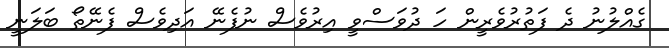
ގެއްލުނު ދެ ފަތުރުވެރީން ހަ ދުވަސްވީ އިރުވެސް ނުފެނޭ އަދިވެސް ފެނޭތޯ ބަލަނީ